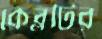
কেব্লটির